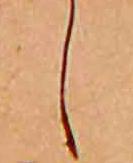
し